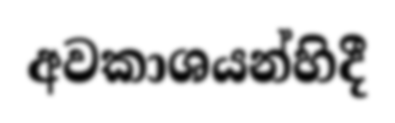
අවකාශයන්හිදී